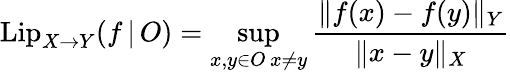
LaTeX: \mathrm{Lip}_{X\to Y}(f\, |\, O)=\operatorname*{sup}_{\substack{x,y\in O\, x\neq y}}\frac{\Vert f(x)-f(y)\Vert_{Y}}{\Vert x-y\Vert_{X}}